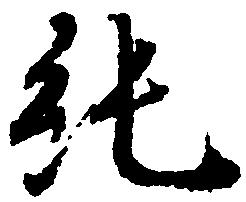
純